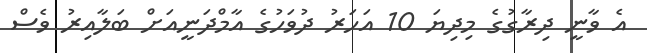
އެ ވާނީ ދިރާގުގެ މިދިޔަ 10 އަހަރު ދުވަހުގެ އާމްދަނީއަށް ބަލާއިރު ވެސް